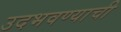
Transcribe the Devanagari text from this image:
उदभवण्याची